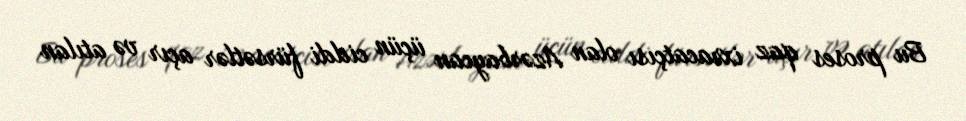
Bu proses qaz ixracatçısı olan Azərbaycan üçün ciddi fürsətlər açır və atılan